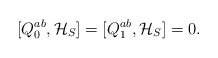
\begin{align*}[ Q_0^{ab} , {\cal H}_S ] = [ Q_1^{ab} , {\cal H}_S ] = 0.\end{align*}